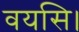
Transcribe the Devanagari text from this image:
वयसि।